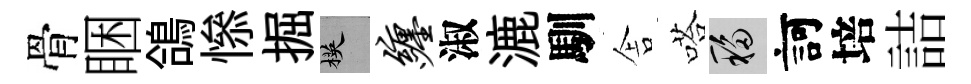
骨睏鴿𢡖掘楧缠淑漉馴舎嗒移訶培詰